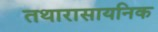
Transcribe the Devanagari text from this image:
तथारासायनिक